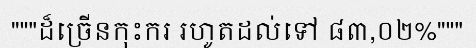
"""ដ៏ច្រើនកុះករ រហូតដល់ទៅ ៨៣,០២%"""